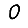
Digit: 0